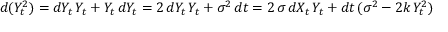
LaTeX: d ( Y _ { t } ^ { 2 } ) = d Y _ { t } \, Y _ { t } + Y _ { t } \, d Y _ { t } = 2 \, d Y _ { t } \, Y _ { t } + \sigma ^ { 2 } \, d t = 2 \, \sigma \, d X _ { t } \, Y _ { t } + d t \, ( \sigma ^ { 2 } - 2 k \, Y _ { t } ^ { 2 } )